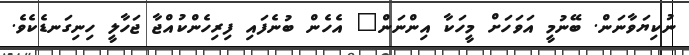
ނުކިޔަވާނަން. ބޭނުމީ އަވަހަށް މީހަކާ އިންނަން" އެހެން ބުނެފައި ފިރިހެންކުއްޖާ ޖަހާލީ ހިނިގަނޑެކެވެ.